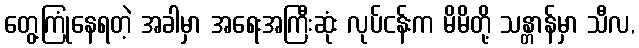
တွေ့ကြုံနေရတဲ့ အခါမှာ အရေးအကြီးဆုံး လုပ်ငန်းက မိမိတို့ သန္တာန်မှာ သီလ,